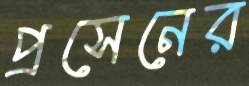
প্রসেনের